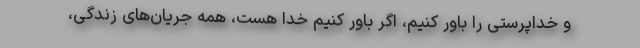
و خداپرستی را باور کنیم، اگر باور کنیم خدا هست، همه جریان‌های زندگی،